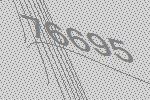
76695